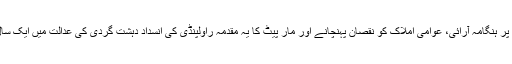
علامہ خادم رضوی کی گرفتاری پر ہنگامہ آرائی، عوامی املاک کو نقصان پہنچانے اور مار پیٹ کا یہ مقدمہ راولپنڈی کی انسداد دہشت گردی کی عدالت میں ایک سال سے زائد عرصے تک چلتا رہا۔